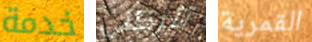
خدمة تتركنى القمرية